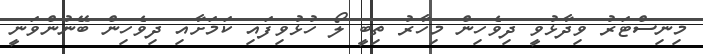
މިނިސްޓަރު ވިދާޅުވީ ދިވެހިން މިހާރު ތިބީ ލޯ ހުޅުވިފައި ކަމަށާއި ދިވެހިން ބޭނުންވަނީ